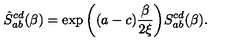
\hat { S } _ { a b } ^ { c d } ( \beta ) = \exp \bigg ( ( a - c ) { \frac { \beta } { 2 \xi } } \bigg ) S _ { a b } ^ { c d } ( \beta ) .